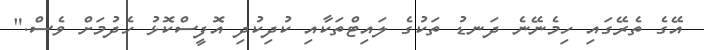
އޭގެ ތެރޭގައި ހިމެނޭނެ ދަނޑު ތަކުގެ ލައިޓްތަކާއި ކުދިކުދި އޮފީސްކޮޅު ހެދުމަށް ވެސް."